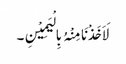
لَاَخَذْنَا مِنْہُ بِالْیَمِیْنِ۔